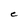
Character: C